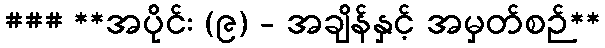
### **အပိုင်း (၉) - အချိန်နှင့် အမှတ်စဉ်**